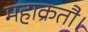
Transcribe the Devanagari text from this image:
महाक्रतौ।